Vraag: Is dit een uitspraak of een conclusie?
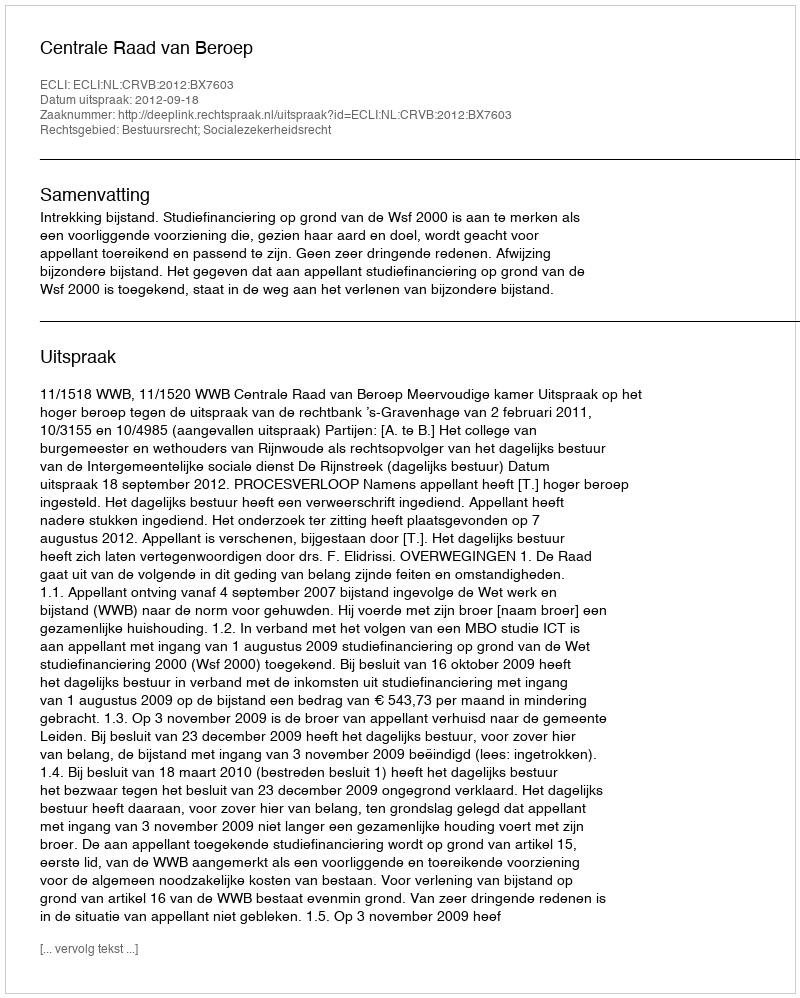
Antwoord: Uitspraak